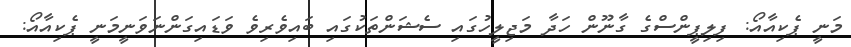
މަނީ ޕެކިއާއޯ: ފިލިޕީންސްގެ ގާނޫން ހަދާ މަޖިލީހުގައި ސެޝަންތަކުގައި ބައިވެރިވެ ވަޑައިގަންނަވަނީމަނީ ޕެކިއާއޯ: